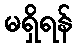
မရှိရန်